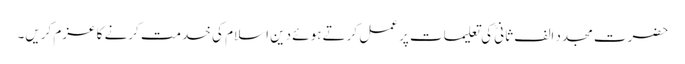
حضرت مجدد الف ثانیؒ کی تعلیمات پر عمل کرتے ہوئے دین اسلام کی خدمت کرنے کا عزم کریں۔